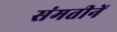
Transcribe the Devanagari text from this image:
संमतीनें